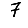
Digit: 7